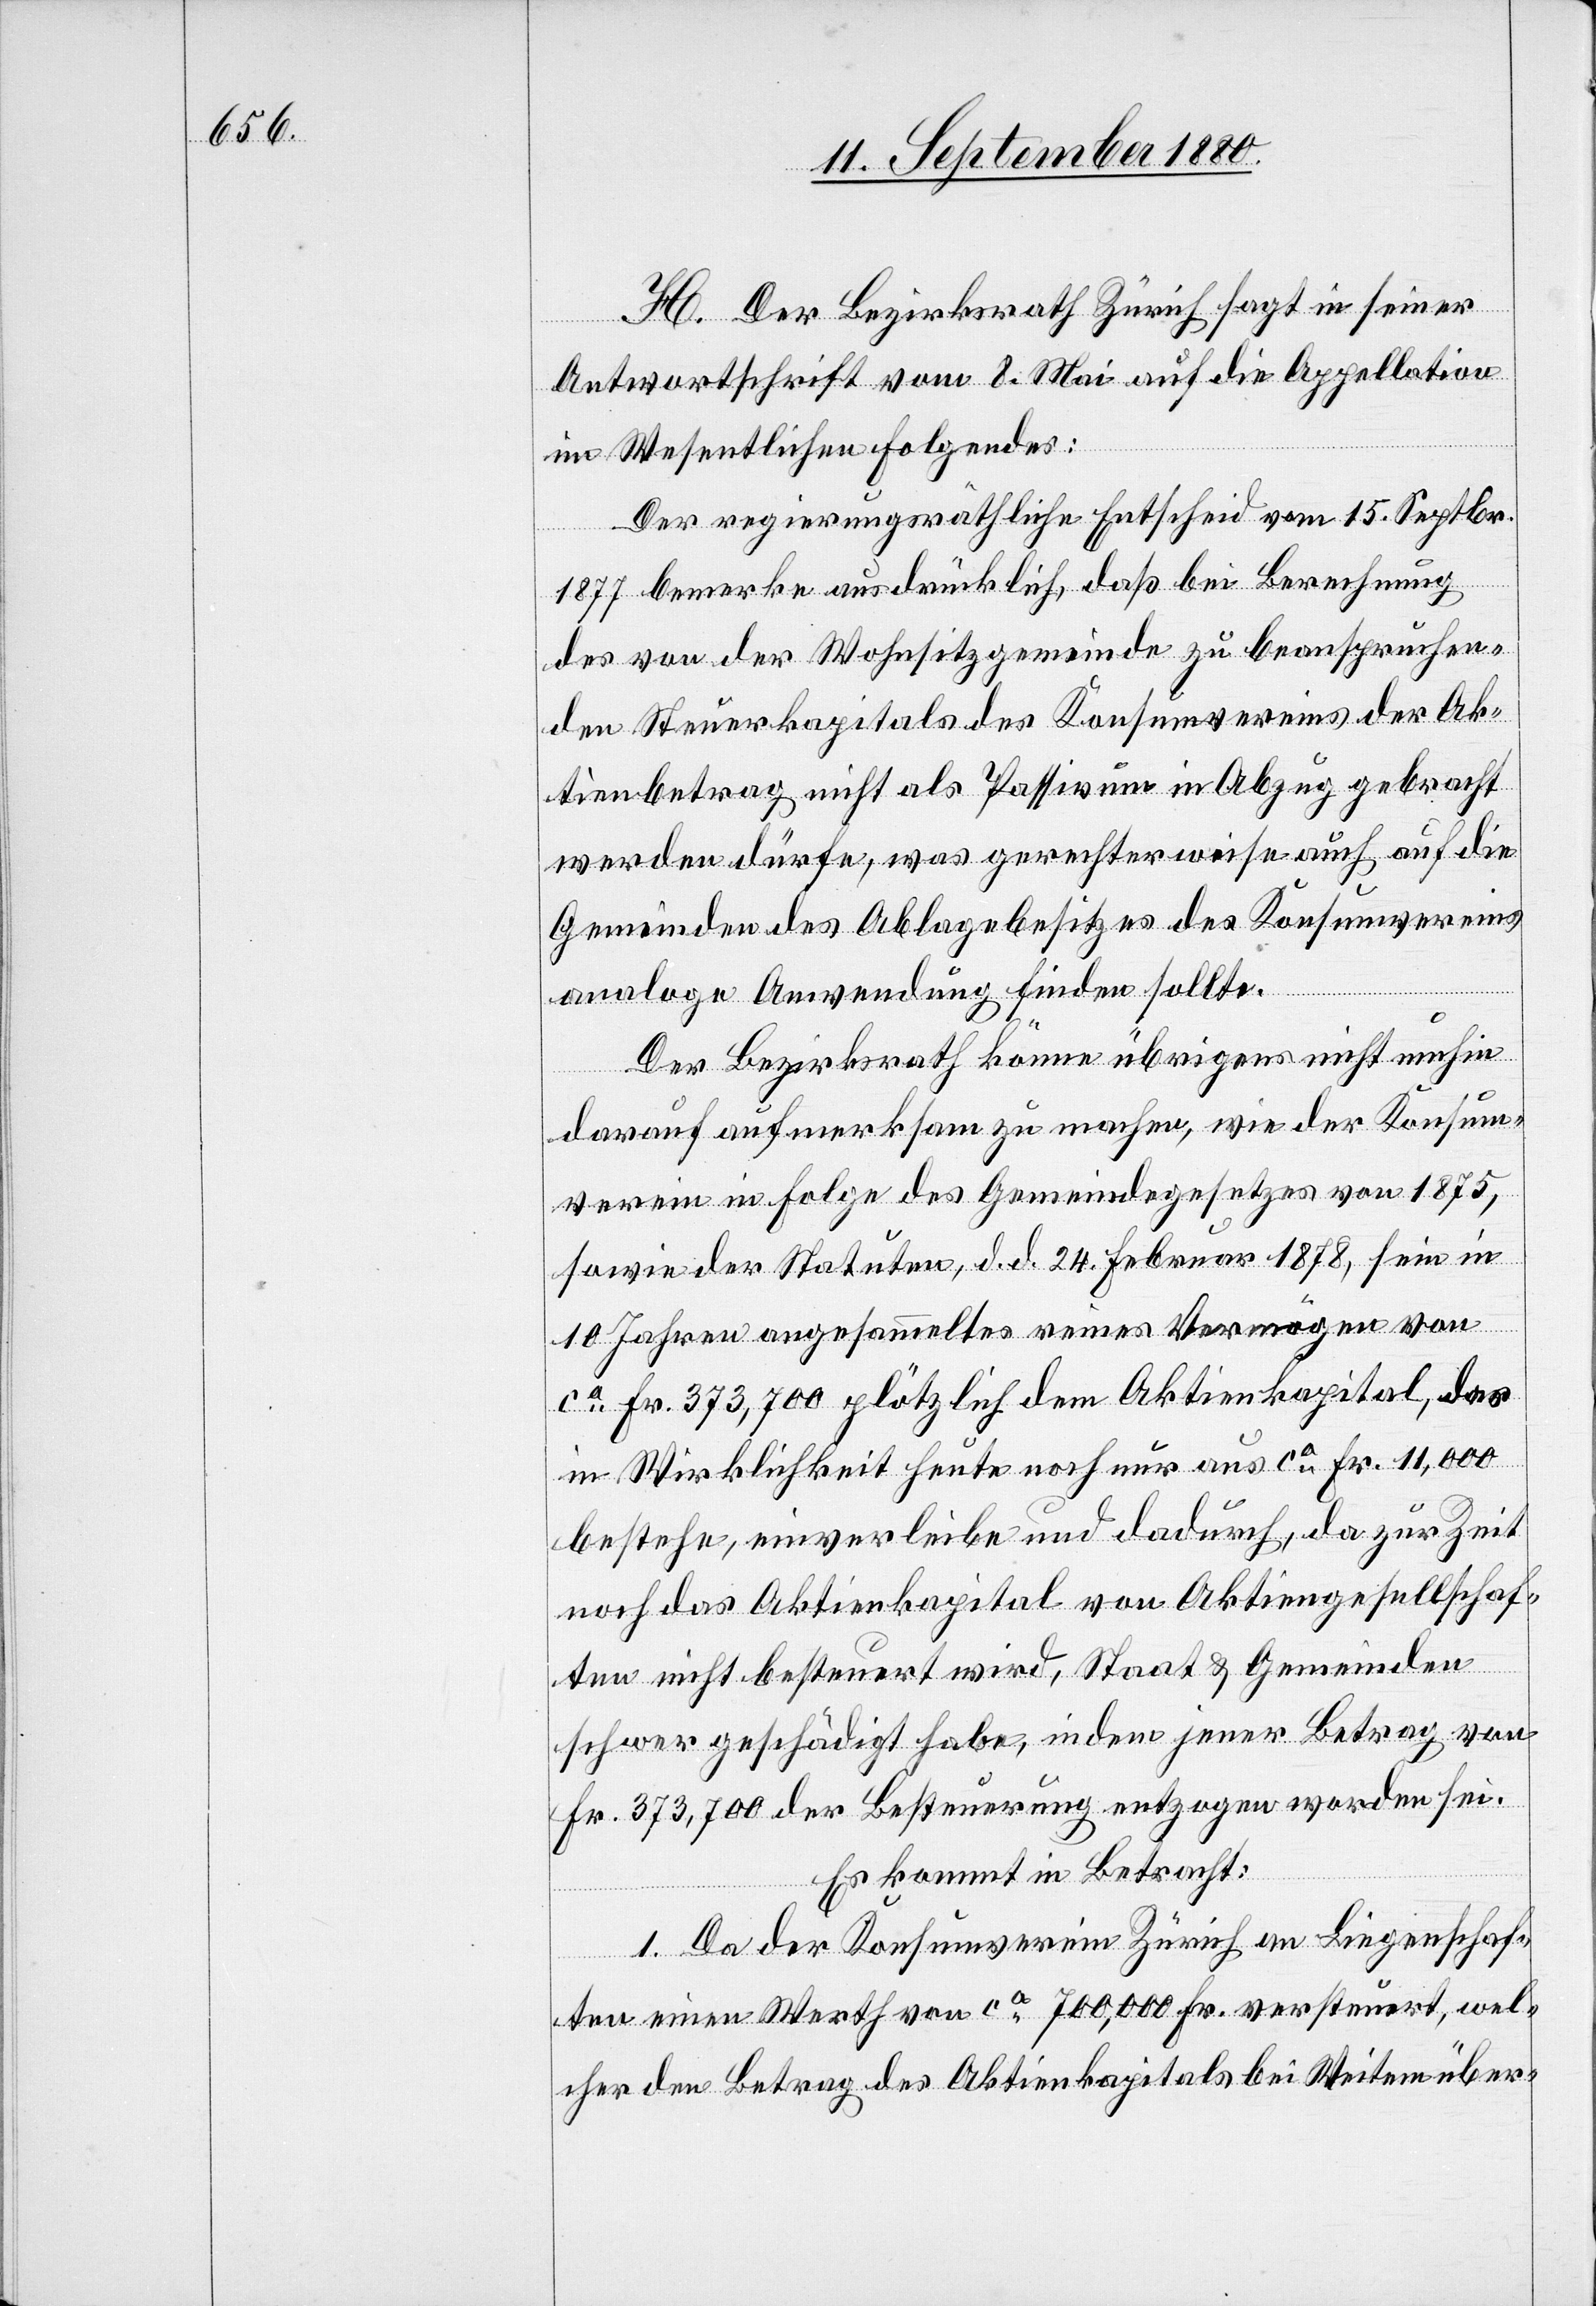
H. Der Bezirksrath Zürich sagt in seiner
Antwortschrift vom 8. Mai auf die Appellation
im Wesentlichen Folgendes:
Der regierungsräthliche Entscheid vom 15. Septbr.
1877 bemerke ausdrücklich, daß bei Berechnung
des von der Wohnsitzgemeinde zu beanspruchen¬
den Steuerkapitals des Konsumvereins der Ak¬
tienbetrag nicht als Passivum in Abzug gebracht
werden dürfe, was gerechterweise auch auf die
Gemeinden des Ablagebesitzes des Konsumvereins
analoge Anwendung finden sollte.
Der Bezirksrath könne übrigens nicht umhin
darauf aufmerksam zu machen, wie der Konsum¬
verein in Folge des Gemeindegesetzes von 1875,
sowie der Statuten, d. d. 24. Februar 1878, sein in
10 Jahren angesammeltes reines Vermögen von
ca Fr. 373,700 plötzlich dem Aktienkapital, das
in Wirklichkeit heute noch nur aus ca Fr. 11,000
bestehe, einverleiben und dadurch, da zur Zeit
noch das Aktienkapital von Aktiengesellschaf¬
ten nicht besteuert wird, Staat & Gemeinden
schwer geschädigt habe, indem jener Betrag von
Fr. 373,700 der Besteuerung entzogen worden sei:
Es kommt in Betracht:
1. Da der Konsumverein Zürich an Liegenschaf¬
ten einen Werth von ca 700,000 Fr. versteuert, wel¬
cher den Betrag des Aktienkapitals bei Weitem über-